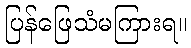
ပြန်ဖြေသံမကြားရ။